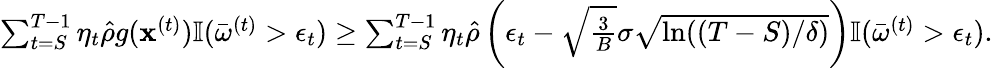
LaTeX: \begin{array}{r}{\sum_{t=S}^{T-1}\eta_{t}\hat{\rho}g({\mathbf x}^{(t)})\mathbb{I}(\bar{\omega}^{(t)}>\epsilon_{t})\geq\sum_{t=S}^{T-1}\eta_{t}\hat{\rho}\left(\epsilon_{t}-\sqrt{\frac{3}{B}}\sigma\sqrt{\ln((T-S)/\delta)}\right)\mathbb{I}(\bar{\omega}^{(t)}>\epsilon_{t}).}\end{array}